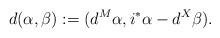
LaTeX: \begin{align*}\begin{aligned}d(\alpha,\beta):=(d^{M}\alpha,i^{*}\alpha-d^{X}\beta).\end{aligned}\end{align*}